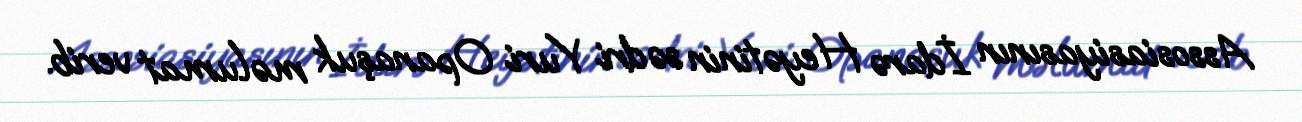
Assosiasiyasının İdarə Heyətinin sədri Yuri Opanaşuk məlumat verib.